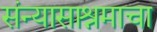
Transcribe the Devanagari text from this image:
संन्यासाश्रमाचा